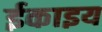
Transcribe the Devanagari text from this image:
ईकाइय